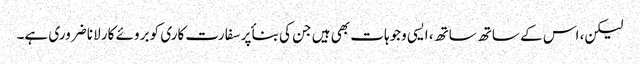
لیکن، اس کے ساتھ ساتھ، ایسی وجوہات بھی ہیں جن کی بناٴ پر سفارت کاری کو بروئے کار لانا ضروری ہے۔